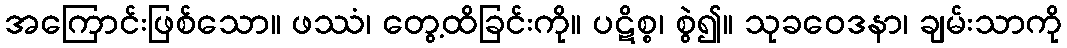
အကြောင်းဖြစ်သော။ ဖဿံ၊ တွေ့ထိခြင်းကို။ ပဋိစ္စ၊ စွဲ၍။ သုခဝေဒနာ၊ ချမ်းသာကို